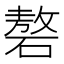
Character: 𰧑